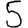
Digit: 5